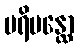
ပရိပန္ထော